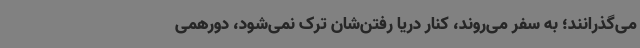
می‌گذرانند؛ به سفر می‌روند، کنار دریا رفتن‌شان ترک نمی‌شود، دورهمی